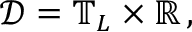
\mathcal { D } = \mathbb { T } _ { L } \times \mathbb { R } \, ,